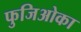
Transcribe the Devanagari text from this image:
फुजिओका